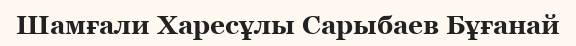
Шамғали Харесұлы Сарыбаев Бұғанай